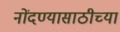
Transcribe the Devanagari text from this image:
नोंदण्यासाठीच्या